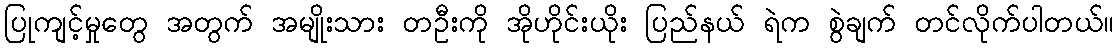
ပြုကျင့်မှုတွေ အတွက် အမျိုးသား တဦးကို အိုဟိုင်းယိုး ပြည်နယ် ရဲက စွဲချက် တင်လိုက်ပါတယ်။